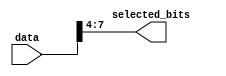
module part_select_example (
    input wire [15:0] data,     // 16-bit input vector
    output wire [3:0] selected_bits // 4-bit output vector
);

    // Continuous assignment to select bits 7 to 4 from 'data'
    assign selected_bits = data[7:4];

endmodule